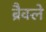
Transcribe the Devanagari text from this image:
ब्रैक्ले